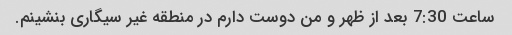
ساعت 7:30 بعد از ظهر و من دوست دارم در منطقه غیر سیگاری بنشینم.